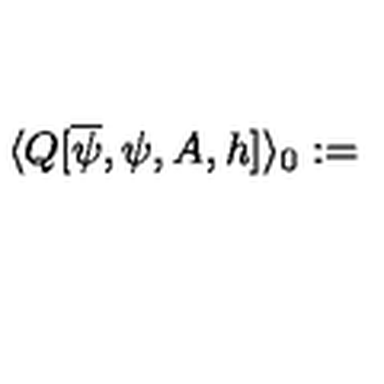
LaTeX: \langle Q [ \overline { { \psi } } , \psi , A , h ] \rangle _ { 0 } : =